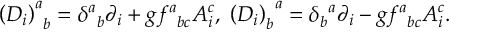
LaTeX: \left( D _ { i } \right) _ { \; \; b } ^ { a } = \delta _ { \; \; b } ^ { a } \partial _ { i } + g f _ { \; \; b c } ^ { a } A _ { i } ^ { c } , \; \left( D _ { i } \right) _ { b } ^ { \; \; a } = \delta _ { b } ^ { \; \; a } \partial _ { i } - g f _ { \; \; b c } ^ { a } A _ { i } ^ { c } .